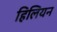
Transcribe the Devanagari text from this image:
हिलियन